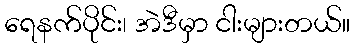
ရေနက်ပိုင်း၊ အဲဒီမှာ ငါးများတယ်။